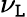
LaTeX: \nu_{\mathtt{L}}